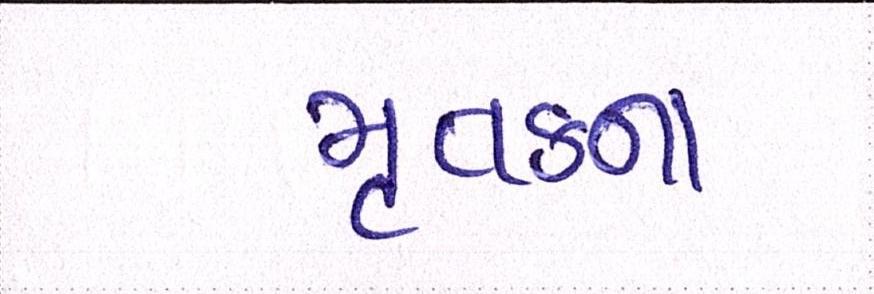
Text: મૃતકના